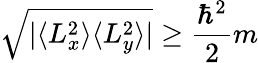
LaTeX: {\sqrt{|\langle L_{x}^{2}\rangle\langle L_{y}^{2}\rangle|}}\geq{\frac{\hbar^{2}}{2}}m